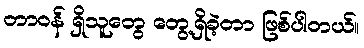
တာဝန် ရှိသူတွေ တွေ့ရှိခဲ့တာ ဖြစ်ပါတယ်။